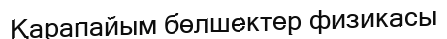
Қарапайым бөлшектер физикасы